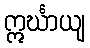
ဣင်္ဃာယျ